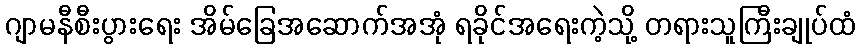
ဂျာမနီစီးပွားရေး အိမ်ခြေအဆောက်အအုံ ရခိုင်အရေးကဲ့သို့ တရားသူကြီးချုပ်ထံ